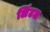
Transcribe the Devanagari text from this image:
लिंटल